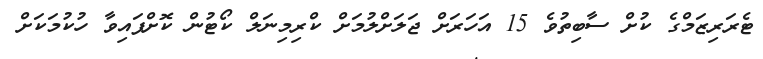
ޓެރަރިޒަމްގެ ކުށް ސާބިތުވެ 15 އަހަރަށް ޖަލަށްލުމަށް ކްރިމިނަލް ކޯޓުން ކޮށްފައިވާ ހުކުމަކަށް